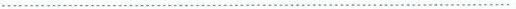
…………